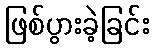
ဖြစ်ပွားခဲ့ခြင်း